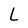
Character: L